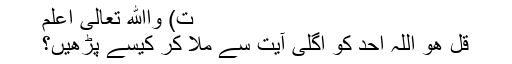
ت) واﷲ تعالٰی اعلم
قل ھو اللہ احد کو اگلی آیت سے ملا کر کیسے پڑھیں؟